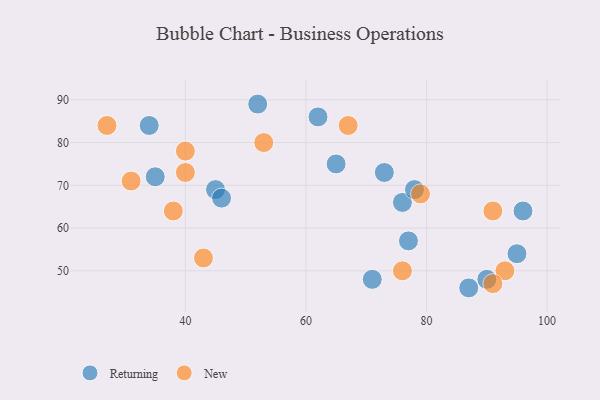
{"axis": {"x": "GDP", "y": "Life Expectancy"}, "legend": ["New", "Returning"], "data": [{"x": "87", "y": 46, "type": "Returning"}, {"x": "45", "y": 69, "type": "Returning"}, {"x": "46", "y": 67, "type": "Returning"}, {"x": "77", "y": 57, "type": "Returning"}, {"x": "73", "y": 73, "type": "Returning"}, {"x": "65", "y": 75, "type": "Returning"}, {"x": "76", "y": 66, "type": "Returning"}, {"x": "90", "y": 48, "type": "Returning"}, {"x": "52", "y": 89, "type": "Returning"}, {"x": "78", "y": 69, "type": "Returning"}, {"x": "71", "y": 48, "type": "Returning"}, {"x": "62", "y": 86, "type": "Returning"}, {"x": "34", "y": 84, "type": "Returning"}, {"x": "96", "y": 64, "type": "Returning"}, {"x": "35", "y": 72, "type": "Returning"}, {"x": "95", "y": 54, "type": "Returning"}, {"x": "40", "y": 78, "type": "New"}, {"x": "38", "y": 64, "type": "New"}, {"x": "93", "y": 50, "type": "New"}, {"x": "27", "y": 84, "type": "New"}, {"x": "91", "y": 47, "type": "New"}, {"x": "76", "y": 50, "type": "New"}, {"x": "40", "y": 73, "type": "New"}, {"x": "31", "y": 71, "type": "New"}, {"x": "43", "y": 53, "type": "New"}, {"x": "53", "y": 80, "type": "New"}, {"x": "79", "y": 68, "type": "New"}, {"x": "67", "y": 84, "type": "New"}, {"x": "91", "y": 64, "type": "New"}]}